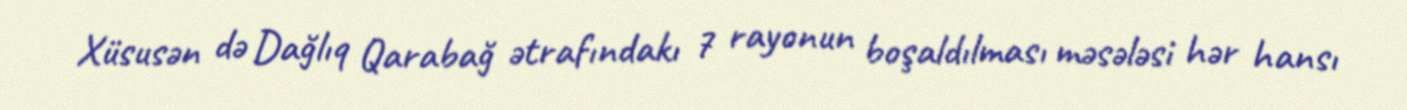
Xüsusən də Dağlıq Qarabağ ətrafındakı 7 rayonun boşaldılması məsələsi hər hansı